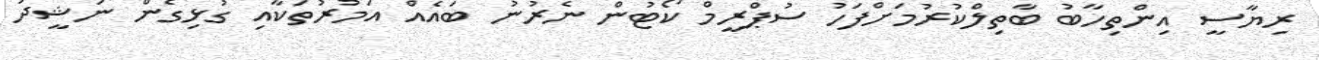
ރިޔާސީ އިންތިހާބު ބާތިލްކުރުމަށްފަހު ސުޕްރީމް ކޯޓުން ނެރުނު ބައެއް އަމުރުތަކާއި ގުޅިގެން ނަޝީދު